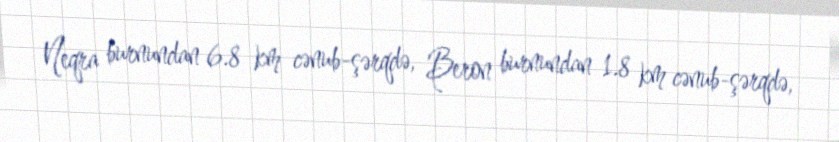
Neqra burnundan 6.8 km cənub-şərqdə, Beron burnundan 1.8 km cənub-şərqdə,